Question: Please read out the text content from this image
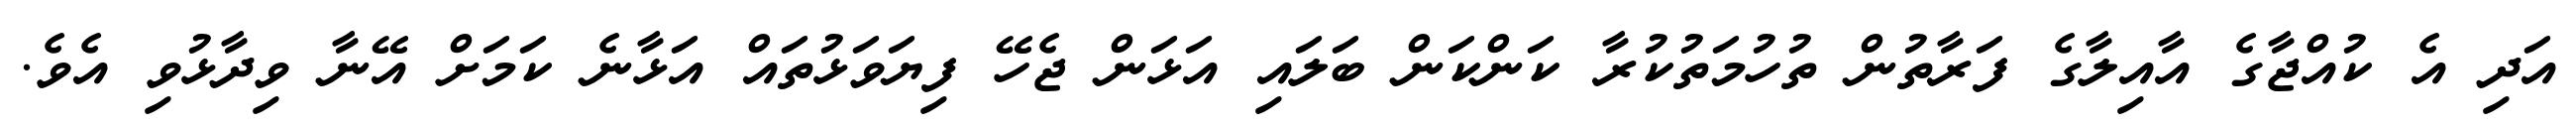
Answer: އަދި އެ ކުއްޖާގެ އާއިލާގެ ފަރާތުން ތުހުމަތުކުރާ ކަންކަން ބަލައި އަޅަން ޖެހޭ ފިޔަވަޅުތައް އަޅާނެ ކަމަށް އޭނާ ވިދާޅުވި އެވެ.